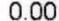
0.00